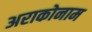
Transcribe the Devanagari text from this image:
अराकोनाम